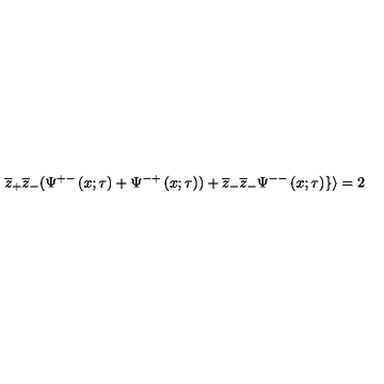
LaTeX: \overline { { z } } _ { + } \overline { { z } } _ { - } ( \Psi ^ { + - } \left( x ; \tau \right) + \Psi ^ { - + } \left( x ; \tau \right) ) + \overline { { z } } _ { - } \overline { { z } } _ { - } \Psi ^ { -- } \left( x ; \tau \right) \} \rangle = 2